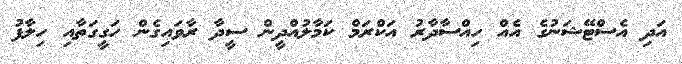
އަދި އެސްޓޭޝަނުގެ އެއް ހިއްސާދާރު އަކްރަމް ކަމާލުއްދީން ސީދާ ރާވައިގެން ހަގީގަތާއި ހިލާފު